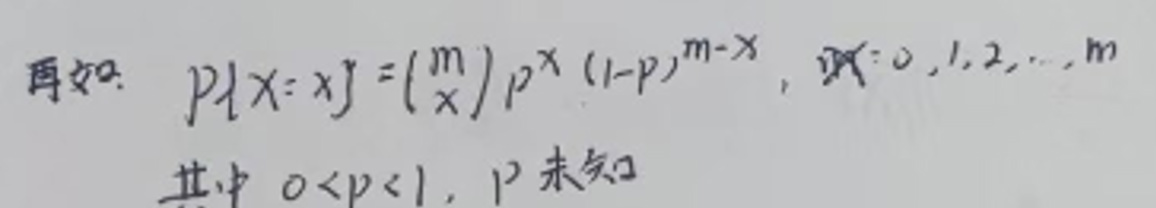
再如：$P\{X = x\} = \binom{m}{x}p^{x}(1 - p)^{m - x}, x = 0,1,2,\cdots,m$
其中 $0 < p < 1$，$p$ 未知